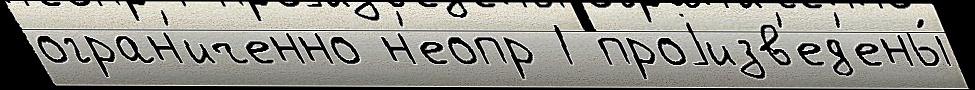
огран'иченно н'еопр 1 проjизв'ед'ены́